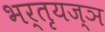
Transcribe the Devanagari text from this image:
भर्तृयज्ञ